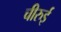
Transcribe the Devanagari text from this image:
चीरुई